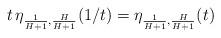
LaTeX: \begin{align*}t\, \eta_{\frac{1}{H+1}, \frac{H}{H+1}}(1/t)= \eta_{\frac{1}{H+1}, \frac{H}{H+1}}(t)\end{align*}